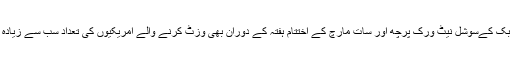
فیس بک کےسوشل نیٹ ورک پرچھ اور سات مارچ کے اختتام ہفتہ کے دوران بھی وزٹ کرنے والے امریکیوں کی تعداد سب سے زیادہ رہی۔